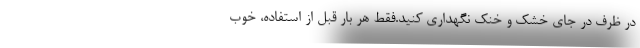
در ظرف در جای خشک و خنک نگهداری کنید.فقط هر بار قبل از استفاده، خوب